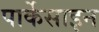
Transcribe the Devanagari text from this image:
पार्केसाइन